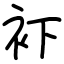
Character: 𧘔